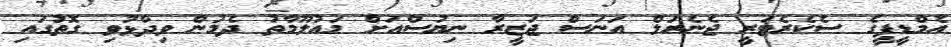
އެމްޑީޕީގެ ސެކެރެޓަރީ ޖެނެރަލް އަނަސް ޖަޒީރާ ނިޔުސްއަށް މައުލޫމާތު ދެމުން ވިދާޅުވި ގޮތުގައިި